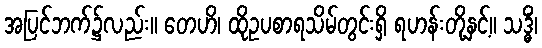
အပြင်ဘက်၌လည်း။ တေဟိ၊ ထိုဥပစာရသိမ်တွင်းရှိ ရဟန်းတို့နှင့်။ သဒ္ဓိံ၊